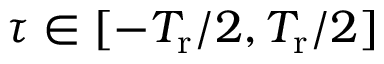
\tau \in [ - T _ { \mathrm { r } } / 2 , T _ { \mathrm { r } } / 2 ]